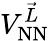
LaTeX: V_{\textrm{NN}}^{\vec{L}}